Scottish Leaving Certificate Examination, 1958
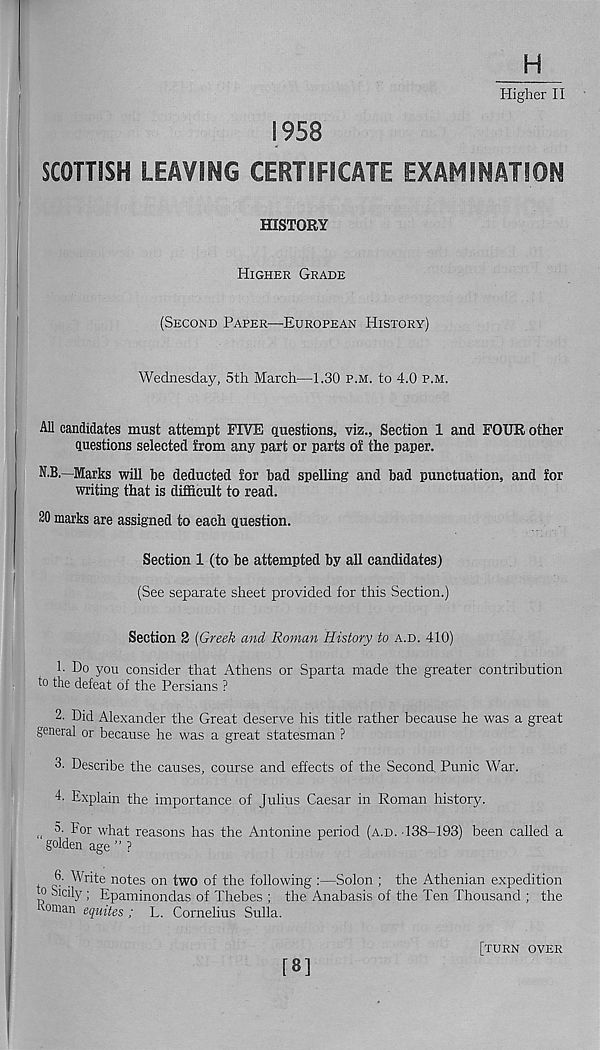
H
Higher II
1958
SCOTTISH LEAVING CERTIFICATE EXAMINATION
HISTORY
HIGHER GRADE
(SECOND PAPER—EUROPEAN HISTORY)
Wednesday, 5th March—1.30 P.M. to 4.0 P.M.
All candidates must attempt FIVE questions, viz., Section 1 and FOUR other
questions selected from any part or parts of the paper.
N.B.—Marks will be deducted for bad spelling and bad punctuation, and for
writing that is difficult to read.
20 marks are assigned to each question.
Section 1 (to be attempted by all candidates)
(See separate sheet provided for this Section.)
Section 2 (Greek and Roman History to A.D. 410)
1. Do you consider that Athens or Sparta made the greater contribution
to the defeat of the Persians ?
2. Did Alexander the Great deserve his title rather because he was a great
general or because he was a great statesman ?
3. Describe the causes, course and effects of the Second, Punic War.
4- Explain the importance of Julius Caesar in Roman history.
„ 5- bor what reasons has the Antonine period (A.D. 138-193) been called a
golden age " ?
6. Write notes on two of the following :—Solon ; the Athenian expedition
to Sicily; Epaminondas of Thebes ; the Anabasis of the Ten Thousand ; the
Koman equites ; L. Cornelius Sulla.
[8]
[TURN OVER